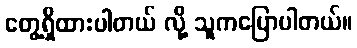
တွေ့ရှိထားပါတယ် လို့ သူကပြောပါတယ်။